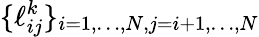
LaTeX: \{ \ell_{ij}^{k}\} _{i=1,\dots,N,j=i+1,\dots,N}